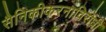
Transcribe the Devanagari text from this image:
सैनिकीकरनाविरोधी